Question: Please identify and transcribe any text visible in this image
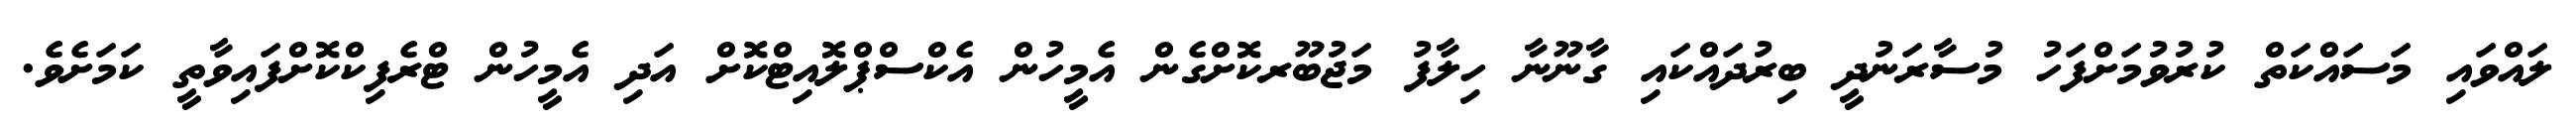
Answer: ލައްވައި މަސައްކަތް ކުރުވުމަށްފަހު މުސާރަނުދީ ބިރުދައްކައި ގާނޫނާ ހިލާފު މަޖުބޫރކޮށްގެން އެމީހުން އެކްސްޕްލޮއިޓްކޮށް އަދި އެމީހުން ޓްރެފިކްކޮށްފައިވާތީ ކަމަށެވެ.